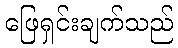
ဖြေရှင်းချက်သည်